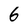
Character: 6